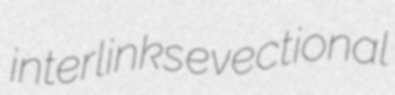
interlinks evectional